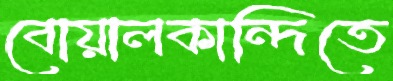
বোয়ালকান্দিতে